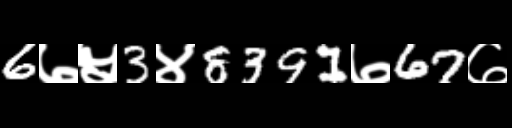
Text: 6७५3४8391७67७